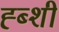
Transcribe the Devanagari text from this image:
ह्ब्शी